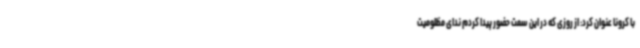
با کرونا عنوان کرد: از روزی که در این سمت حضور پیدا کردم ندای مظلومیت